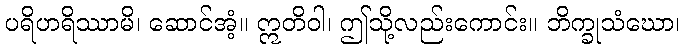
ပရိဟရိဿာမိ၊ ဆောင်အံ့။ ဣတိဝါ၊ ဤသို့လည်းကောင်း။ ဘိက္ခုသံဃော၊